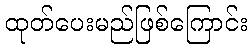
ထုတ်ပေးမည်ဖြစ်ကြောင်း